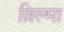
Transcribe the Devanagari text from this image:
व़िल्मा